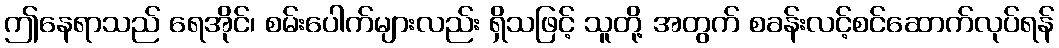
ဤနေရာသည် ရေအိုင်၊ စမ်းပေါက်များလည်း ရှိသဖြင့် သူတို့ အတွက် စခန်းလင့်စင်ဆောက်လုပ်ရန်